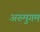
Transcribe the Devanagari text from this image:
अरुमुगम